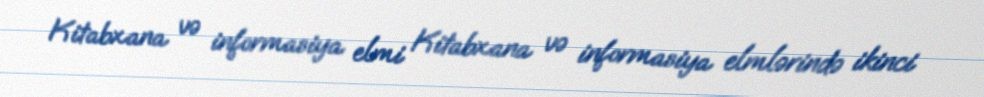
Kitabxana və informasiya elmi Kitabxana və informasiya elmlərində ikinci